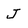
Character: J